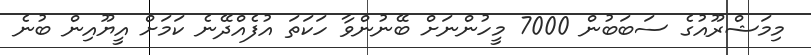
މިމަޝްރޫއުގެ ސަބަބުން 7000 މީހުންނަށް ބޭނުންވާ ހަކަތަ އުފެއްދޭނެ ކަމަށް އީޔޫއިން ބުނެ